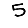
Digit: 5